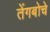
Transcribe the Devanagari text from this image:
तेंगबोचे